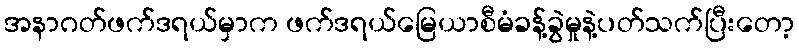
အနာဂတ်ဖက်ဒရယ်မှာက ဖက်ဒရယ်မြေယာစီမံခန့်ခွဲမှုနဲ့ပတ်သက်ပြီးတော့